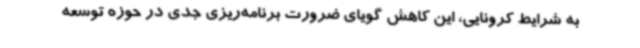
به شرایط کرونایی، این کاهش گویای ضرورت برنامه‌ریزی جدی در حوزه توسعه